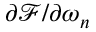
\partial \mathcal { F } / \partial \omega _ { n }